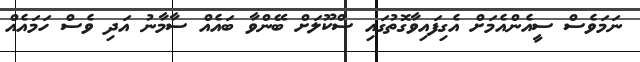
ނަމަވެސް ސީއެންއެމަށް އެގިފައިވާގޮތުގައި ސްކޫލަށް ބޭންވާ ބައެއް ސާމާނު އަދި ވެސް ހަމައެއް